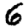
Digit: 6